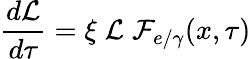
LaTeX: \frac{d{\cal L}}{d\tau}=\xi\; {\cal L}\; {\cal F}_{e/\gamma}(x,\tau)